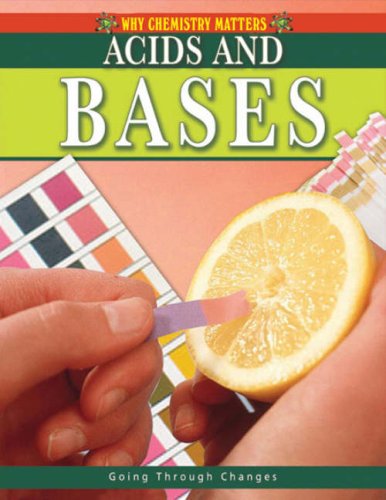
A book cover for Acids and Bases (Why Chemistry Matters); Lynnette Brent; Children's Books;